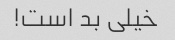
خیلی بد است!